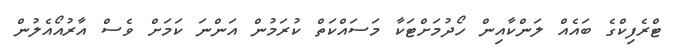
ޓްރެފިކްގެ ބައެއް ލަންކާއިން ހޯދުމަށްޓަކާ މަސައްކަތް ކުރަމުން އަންނަ ކަމަށް ވެސް އާރުއޯއެލުން